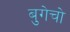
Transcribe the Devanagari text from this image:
बुगेचो